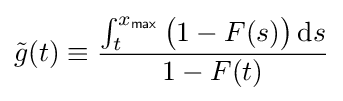
{\tilde {g}}(t)\equiv {\frac {\int _{t}^{x_{\mathsf {max}}}{\bigl (}1-F(s){\bigr )}\,\mathrm {d} s}{1-F(t)}}